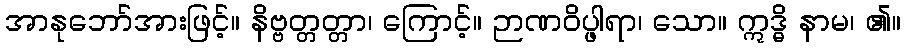
အာနုဘော်အားဖြင့်။ နိဗ္ဗတ္တတ္တာ၊ ကြောင့်။ ဉာဏဝိပ္ဖါရာ၊ သော။ ဣဒ္ဓိ နာမ၊ ၏။